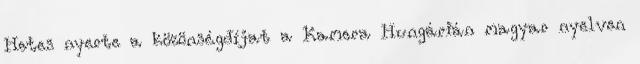
Hetes nyerte a közönségdíjat a Kamera Hungárián magyar nyelven